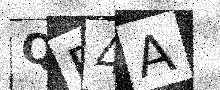
Text: QB4A